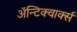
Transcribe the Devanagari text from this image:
ॲन्टिक्वार्क्स